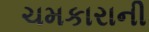
ચમકારાની